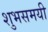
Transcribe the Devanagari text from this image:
शुभसमयी